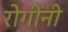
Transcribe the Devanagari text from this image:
रोगींनी